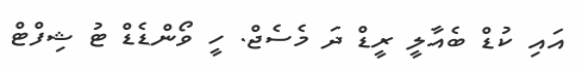
އައި ކުޑް ބެއާލީ ރީޑް ދަ މެސެޖް. ހީ ވޯންޑެޑް ޓު ޝިފްޓް